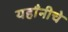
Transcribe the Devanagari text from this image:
यहाँनीचे